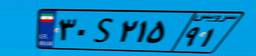
۳۰S۴۱۱۹۸